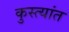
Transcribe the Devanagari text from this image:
कुस्त्यांत